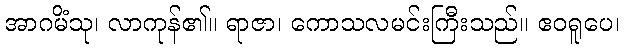
အာဂမိံသု၊ လာကုန်၏။ ရာဇာ၊ ကောသလမင်းကြီးသည်။ ဧဝရူပေ၊